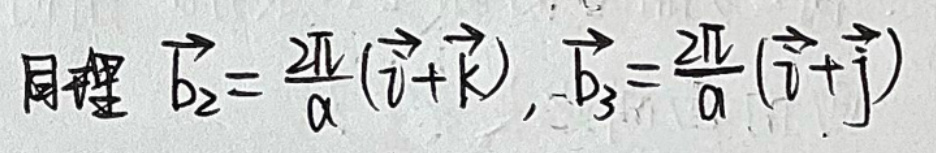
同理 \(\vec{b_2} = \frac{2\vec{A}}{a} (\vec{j} + \vec{k}), \vec{b_3} = \frac{2\vec{A}}{a} (\vec{i} + \vec{j})\)